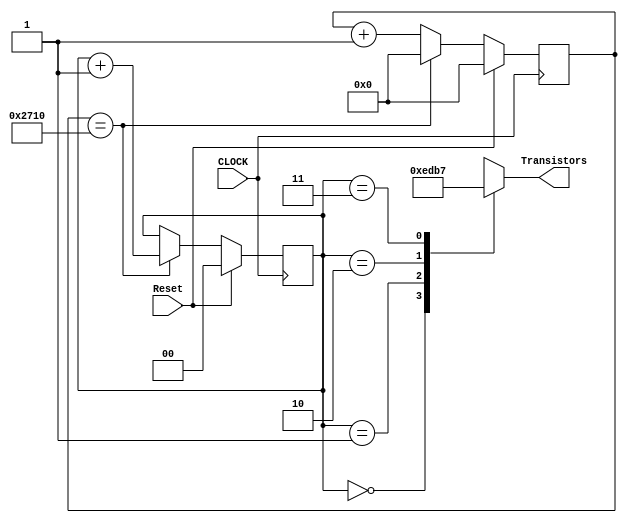
// Written by	: Jianjian Song
// Generate and repeat four positive pulses on Transistors
// with one pulse being on at any given time
`timescale 1ns / 1ps

module Refreshing7Seg(Transistors,Reset, CLOCK) ;
parameter	Bits = 4;
input		Reset, CLOCK;
output reg [Bits-1:0]	Transistors;

reg	[1:0]	Q;
//refreshing rate in number of clock cycles. Time=#cycles*20ns
parameter	Divider = 10000;	
parameter 	NumberOfBits = 22;
reg [NumberOfBits:0] count;

always @ (posedge CLOCK)
	if(Reset==1)	Q <= 0;
	else	if (count==Divider) Q<=Q+1'b1;
	else Q<=Q;

always@(Q)
	case (Q)
	0:	Transistors<=4'b1110;
	1:	Transistors<=4'b1101;
	2: Transistors<=4'b1011;
	3: Transistors<=4'b0111;
	endcase
	
always @ (posedge CLOCK)
	if(Reset==1)		begin count <= 0; end
	else if (count==Divider)	count<=0;
		else count <= count+1'b1;
	
endmodule